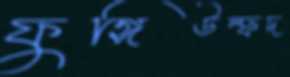
ফুঙ্গিউল্ফদ